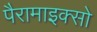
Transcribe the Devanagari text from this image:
पैरामाइक्सो